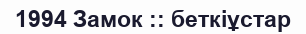
1994 Замок :: беткіұстар